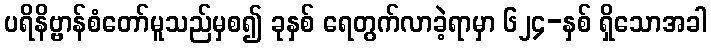
ပရိနိဗ္ဗာန်စံတော်မူသည်မှစ၍ ခုနှစ် ရေတွက်လာခဲ့ရာမှာ ၆၂၄-နှစ် ရှိသောအခါ